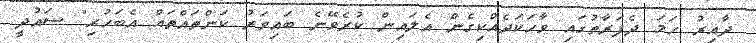
ދާއިރު ހަމަ ދެފަރާތުގައި ވާހަކަދެއްކިގެން އެލައިން ކުރެވޭނެ ބައިވަރު ކަންތައްތައް އެބަހުރި" ސައުދީ